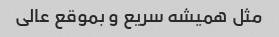
مثل همیشه سریع و بموقع عالی